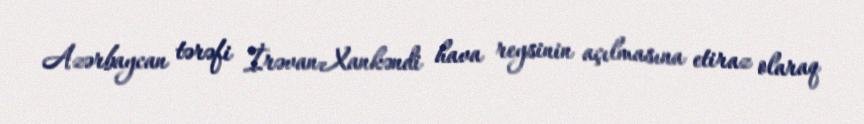
Azərbaycan tərəfi İrəvan-Xankəndi hava reysinin açılmasına etiraz olaraq